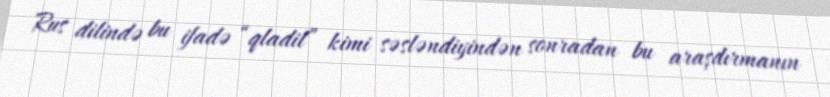
Rus dilində bu ifadə “qladil” kimi səsləndiyindən sonradan bu araşdırmanın